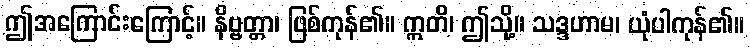
ဤအကြောင်းကြောင့်။ နိဗ္ဗတ္တာ၊ ဖြစ်ကုန်၏။ ဣတိ၊ ဤသို့။ သဒ္ဒဟာမ၊ ယုံပါကုန်၏။